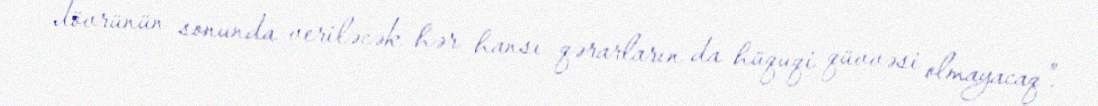
dövrünün sonunda veriləcək hər hansı qərarların da hüquqi qüvvəsi olmayacaq”.